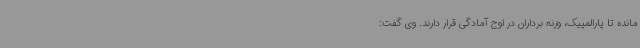
مانده تا پارالمپیک، وزنه برداران در اوج آمادگی قرار دارند. وی گفت: